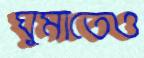
ঘুমাতেও